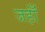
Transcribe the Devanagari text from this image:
जहाँं